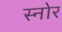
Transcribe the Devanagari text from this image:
स्नोर